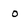
Character: o